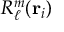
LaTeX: R _ { \ell } ^ { m } ( \mathbf { r } _ { i } )